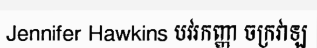
Jennifer Hawkins បវរកញ្ញា ចក្រវាឡ